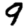
Digit: 9